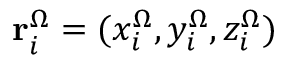
\mathbf { r } _ { i } ^ { \Omega } = ( x _ { i } ^ { \Omega } , y _ { i } ^ { \Omega } , z _ { i } ^ { \Omega } )